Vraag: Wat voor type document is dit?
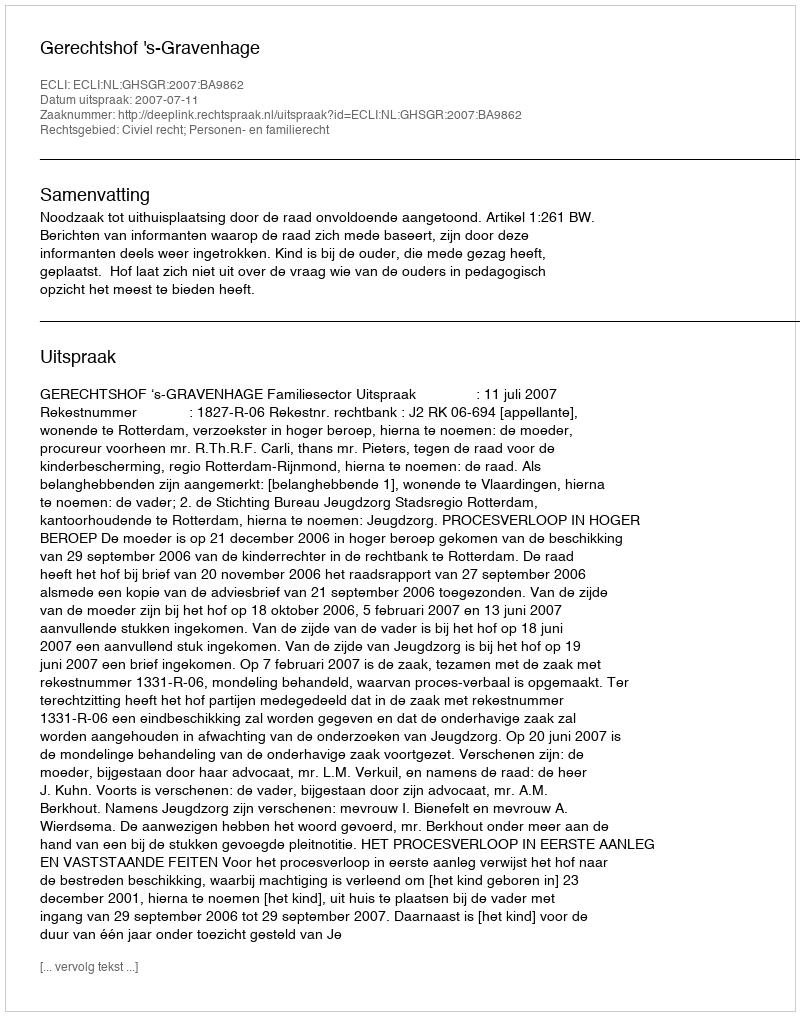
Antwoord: Uitspraak